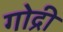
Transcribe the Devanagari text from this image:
गोद्री